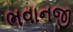
ભવાનજી